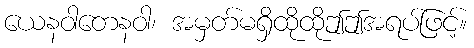
ယေနဝါတေနဝါ၊ အမှတ်မရှိထိုထိုဤဤအရပ်ဖြင့်။